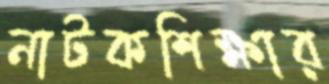
নাটকশিক্ষার